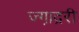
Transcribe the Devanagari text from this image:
ज्गा़द्ररी